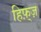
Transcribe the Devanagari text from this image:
हिफ़्ज़